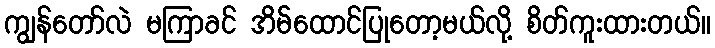
ကျွန်တော်လဲ မကြာခင် အိမ်ထောင်ပြုတော့မယ်လို့ စိတ်ကူးထားတယ်။